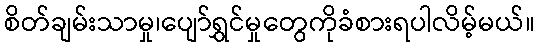
စိတ်ချမ်းသာမှု၊ပျော်ရွှင်မှုတွေကိုခံစားရပါလိမ့်မယ်။